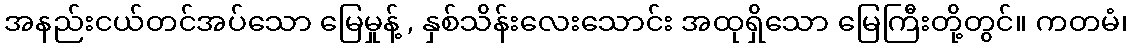
အနည်းငယ်တင်အပ်သော မြေမှုန့် , နှစ်သိန်းလေးသောင်း အထုရှိသော မြေကြီးတို့တွင်။ ကတမံ၊